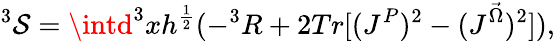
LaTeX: ^3\mathcal{S}=\intd^{3}xh^{\frac{{1}}{{2}}}(-^{3}R+2Tr[(J^{P})^{2}-(J^{\vec{{\Omega}}})^{2}]),